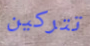
تتركين